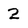
Character: 2